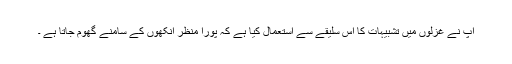
آپ نے غزلوں میں تشبیہات کا اس سلیقے سے استعمال کیا ہے کہ پورا منظر آنکھوں کے سامنے گھوم جاتا ہے ۔